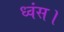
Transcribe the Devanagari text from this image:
ध्वंस।